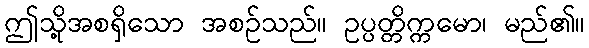
ဤသို့အစရှိသော အစဉ်သည်။ ဥပ္ပတ္တိက္ကမော၊ မည်၏။